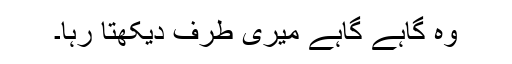
وہ گاہے گاہے میری طرف دیکھتا رہا۔